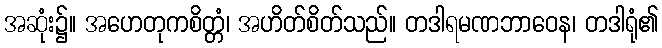
အဆုံး၌။ အဟေတုကစိတ္တံ၊ အဟိတ်စိတ်သည်။ တဒါရမဏဘာဝေန၊ တဒါရုံ၏